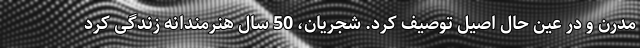
مدرن و در عین حال اصیل توصیف کرد. شجریان، 50 سال هنرمندانه زندگی کرد